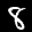
Label: 8